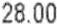
28.00